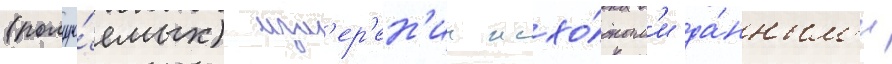
(получа́емых) изм'ер'ен'ии исхо́дным'и да́нным'и